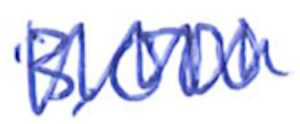
Text: 3,000
Cross-out: zig-zag
Writing tool: ballpoint